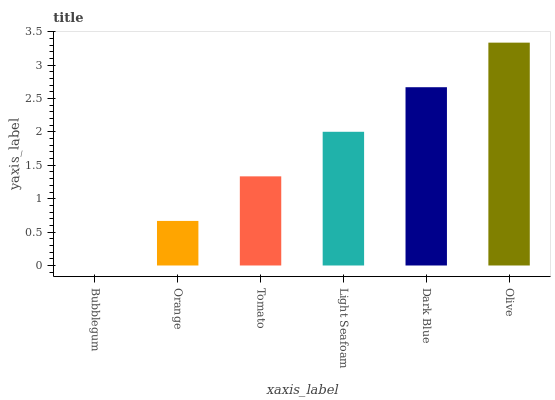
| xaxis_label | bars |
 | --- | --- |
 | Bubblegum | 0 |
 | Orange | 0.667 |
 | Tomato | 1.33 |
 | Light Seafoam | 2 |
 | Dark Blue | 2.67 |
 | Olive | 3.34 |